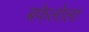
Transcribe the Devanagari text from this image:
बफेलोला